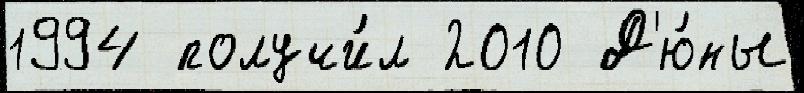
1994 получи́л 2010 Д'ю́ны